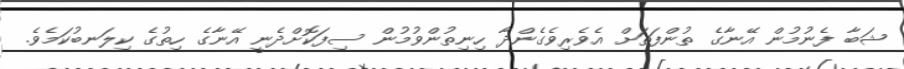
ޝަބާ ފެނުމުން އޭނާގެ ތުންފަތަށް އެވެރިވެގެންދާ ހިނިތުންވުމުން ސިފަކޮށްދެނީ އޭނާގެ ހިތުގެ ކިލަނބުކަމެވެ.